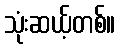
သုံးဆယ့်တစ်။